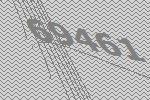
69461